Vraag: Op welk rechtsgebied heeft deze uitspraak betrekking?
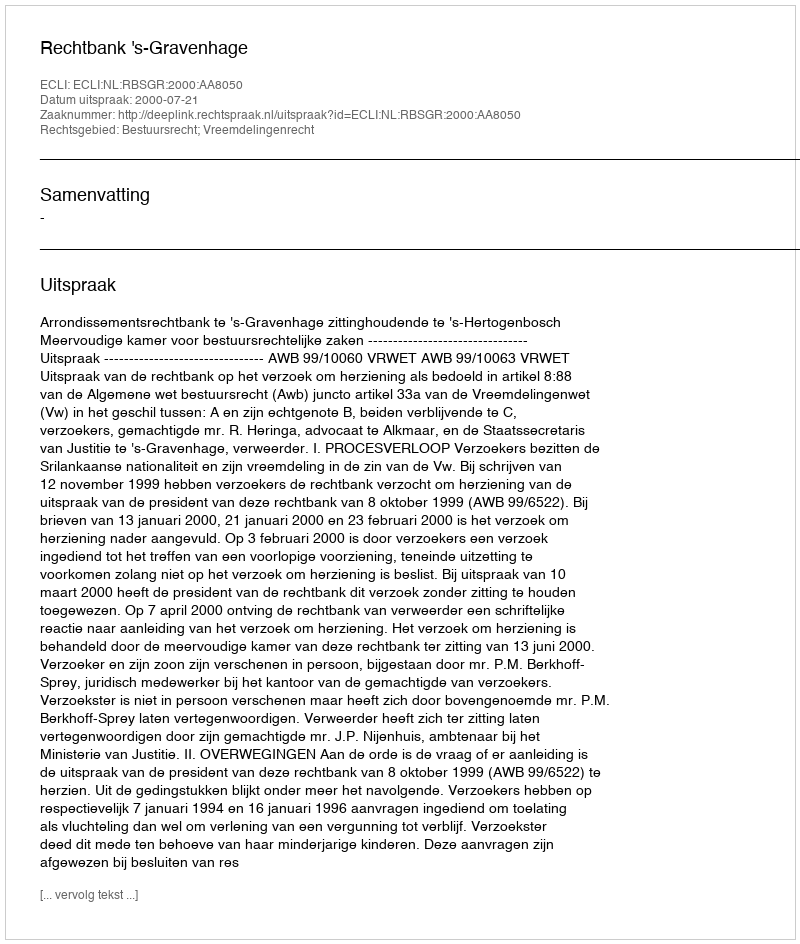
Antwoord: Bestuursrecht; Vreemdelingenrecht